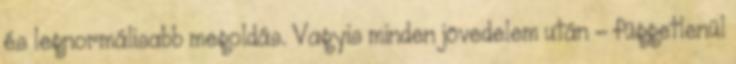
és legnormálisabb megoldás. Vagyis minden jövedelem után - függetlenül